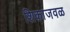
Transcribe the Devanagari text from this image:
शिकाजवळ